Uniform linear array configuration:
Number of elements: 16
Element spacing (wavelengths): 0.25
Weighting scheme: blackman
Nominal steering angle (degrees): -60
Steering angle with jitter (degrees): -61.518
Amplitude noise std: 0.05
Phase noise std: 0.05

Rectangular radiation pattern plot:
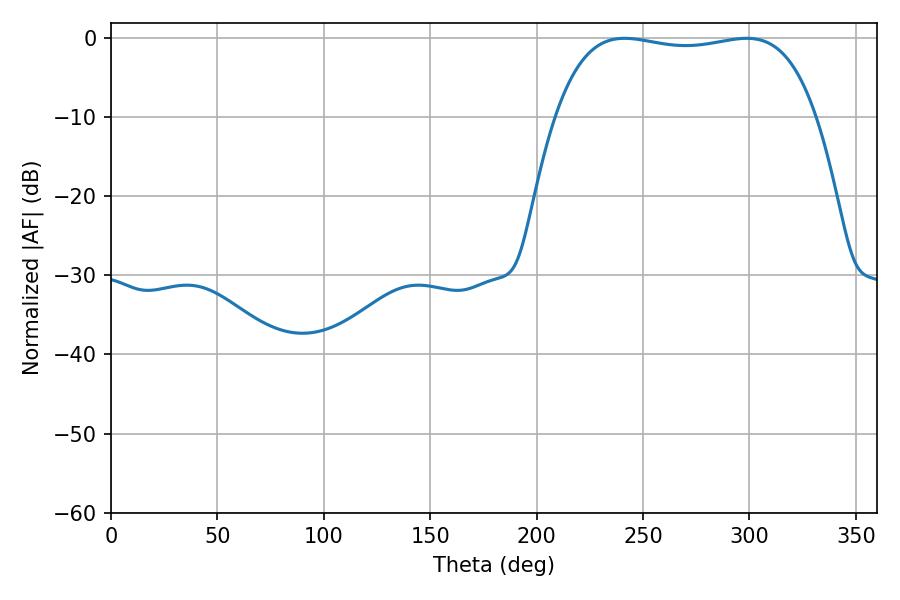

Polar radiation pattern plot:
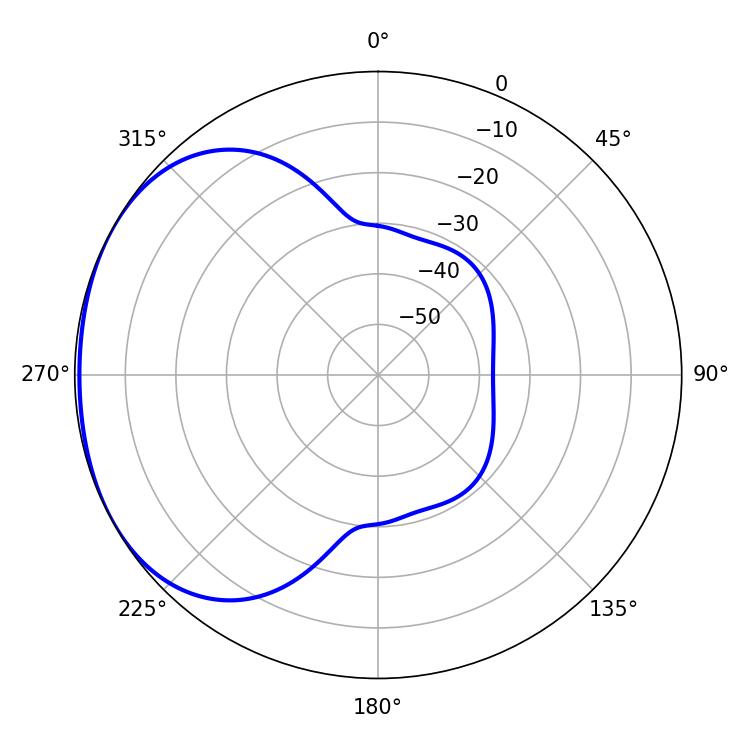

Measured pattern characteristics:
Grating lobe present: FALSE
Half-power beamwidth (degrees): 97.92
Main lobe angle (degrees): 298.62